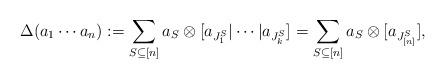
LaTeX: \begin{align*}\Delta(a_1\cdots a_n) := \sum_{S \subseteq [n]} a_S \otimes [a_{J_1^S} | \cdots | a_{J_k^S}]=\sum_{S \subseteq [n]} a_S \otimes [a_{J^S_{[n]}}],\end{align*}